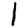
Digit: 1